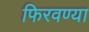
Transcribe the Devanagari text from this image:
फिरवण्या